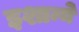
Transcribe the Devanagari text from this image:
इशान्ये